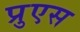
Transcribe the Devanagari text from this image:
प्रुएस